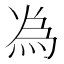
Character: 𫞟